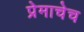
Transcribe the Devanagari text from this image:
प्रेमाचेच